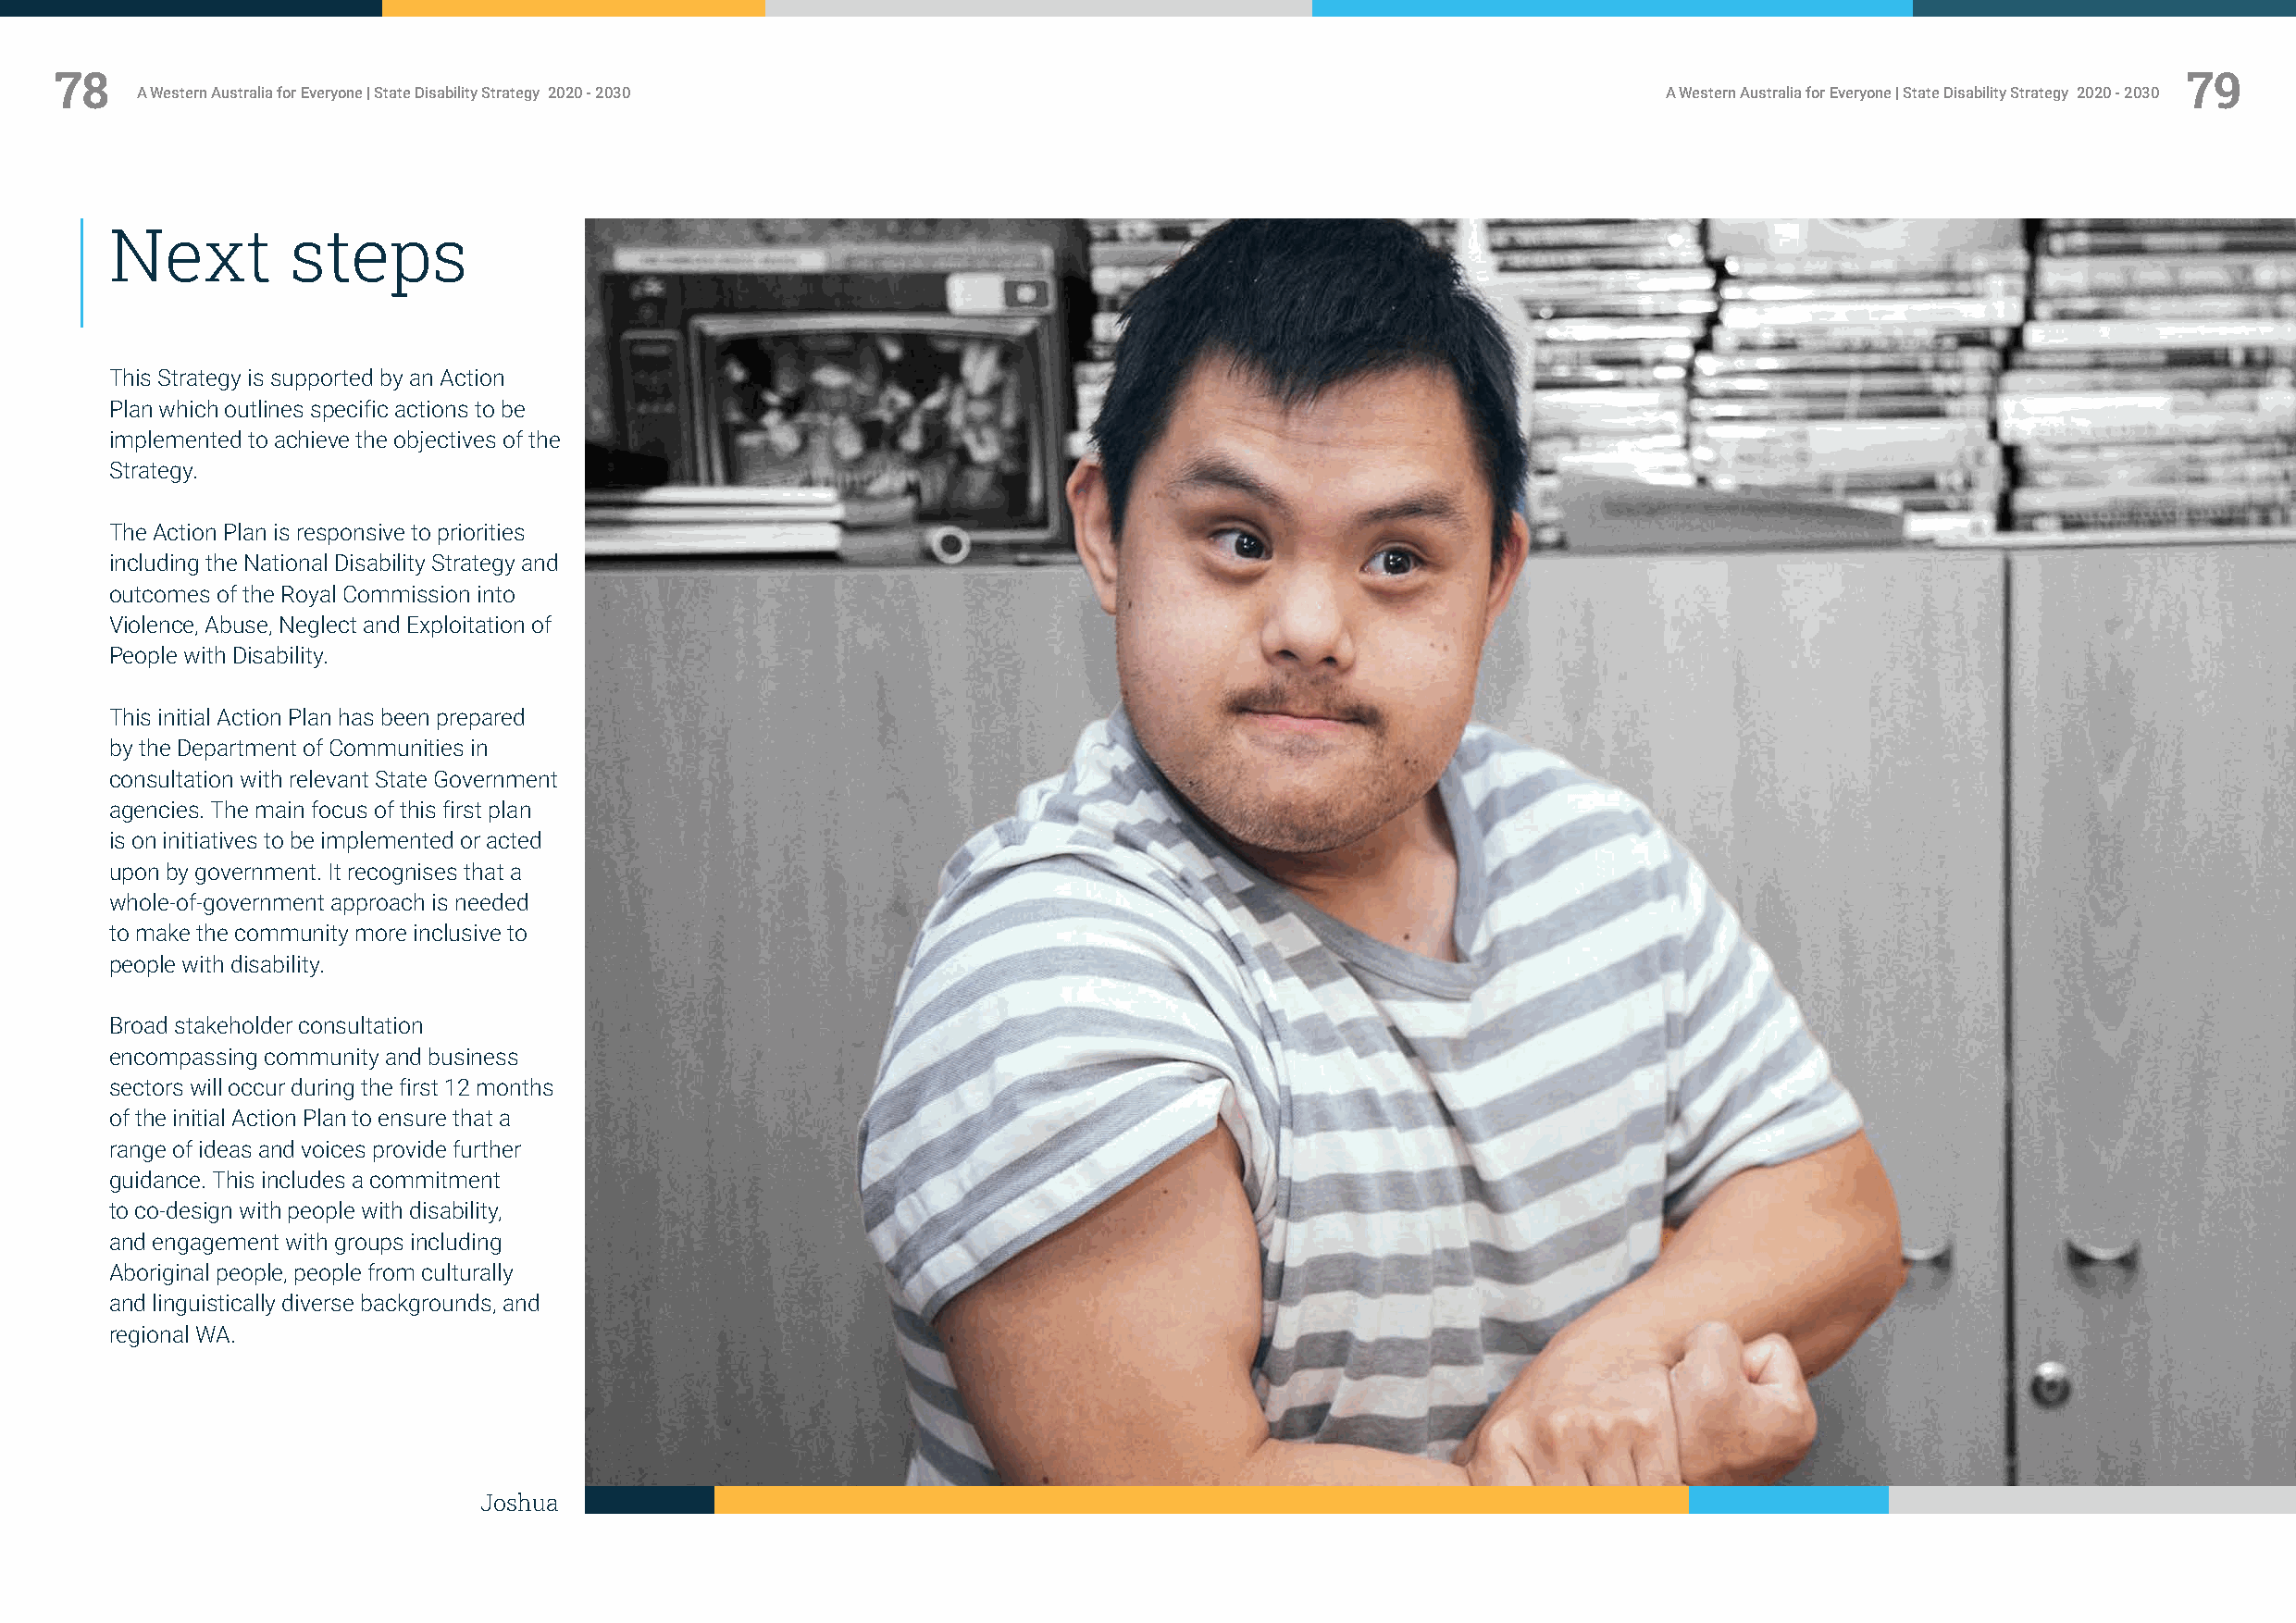
78                                                                                                                                                      79
 A Western Australia for Everyone | State Disability Strategy 2020 - 2030                                     A Western Australia for Everyone | State Disability Strategy 2020 - 2030
 Next         steps
 This Strategy is supported by an Action
 Plan which outlines specific actions to be
 implemented to achieve the objectives of the
 Strategy.
 The Action Plan is responsive to priorities
 including the National Disability Strategy and
 outcomes of the Royal Commission into
 Violence, Abuse, Neglect and Exploitation of
 People with Disability.
 This initial Action Plan has been prepared
 by the Department of Communities in
 consultation with relevant State Government
 agencies. The main focus of this first plan
 is on initiatives to be implemented or acted
 upon by government. It recognises that a
 whole-of-government approach is needed
 to make the community more inclusive to
 people with disability.
 Broad stakeholder consultation
 encompassing community and business
 sectors will occur during the first 12 months
 of the initial Action Plan to ensure that a
 range of ideas and voices provide further
 guidance. This includes a commitment
 to co-design with people with disability,
 and engagement with groups including
 Aboriginal people, people from culturally
 and linguistically diverse backgrounds, and
 regional WA.
 Joshua